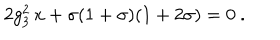
2 g _ { 3 } ^ { 2 } \, x + \sigma ( 1 + \sigma ) ( 1 + 2 \sigma ) = 0 \ .